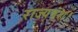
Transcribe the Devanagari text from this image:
राज्यवंश।